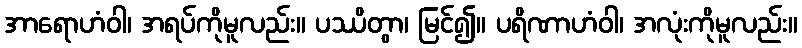
အာရောဟံဝါ၊ အရပ်ကိုမူလည်း။ ပဿိတွာ၊ မြင်၍။ ပရိဏာဟံဝါ၊ အလုံးကိုမူလည်း။